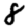
Digit: 8